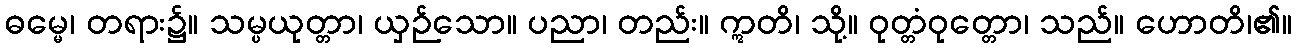
ဓမ္မေ၊ တရား၌။ သမ္ပယုတ္တာ၊ ယှဉ်သော။ ပညာ၊ တည်း။ ဣတိ၊ သို့။ ဝုတ္တံဝုတ္တော၊ သည်။ ဟောတိ၊၏။